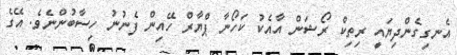
އެނގިގެންދިޔައީ ރިތިކް ރޯޝަން އާއެކު ކަހޯނާ ޕްޔާރް ހޭއިން ފެނުނު ހިސާބުންނެވެ. އޭގެ